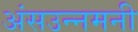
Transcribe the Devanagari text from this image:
अंसउन्नमनी